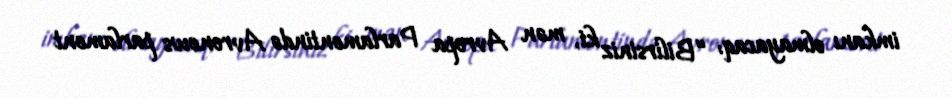
imkanı olmayacaq: “Bilirsiniz ki, mən Avropa Parlamentində Avronews parlament